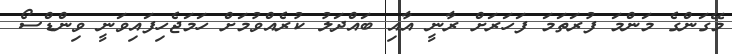
މޭގަންގެ މަންމަ ފުރަތަމަ ފަހަރަށް ރާނީ އާއި ބައްދަލު ކުރެއްވުމަށް ހަމަޖެހިފައިވަނީ ވިންޑްސޯ